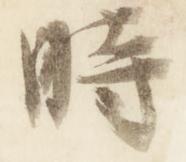
時